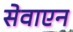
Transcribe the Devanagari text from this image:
सेवाएन